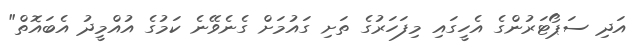
އަދި ސަޕޯޓަރުންގެ އެހީގައި މިފަހަރުގެ ތަށި ގައުމަށް ގެނެވޭނެ ކަމުގެ އުއްމީދު އެބައޮތް"